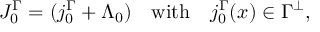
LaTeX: J _ { 0 } ^ { \Gamma } = ( j _ { 0 } ^ { \Gamma } + \Lambda _ { 0 } ) \quad \mathrm { w i t h } \quad j _ { 0 } ^ { \Gamma } ( x ) \in \Gamma ^ { \perp } ,